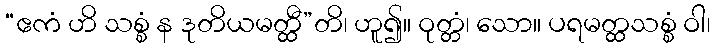
“ဧကံ ဟိ သစ္စံ န ဒုတိယမတ္ထီ”တိ၊ ဟူ၍။ ဝုတ္တံ၊ သော။ ပရမတ္ထသစ္စံ ဝါ၊